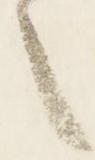
言